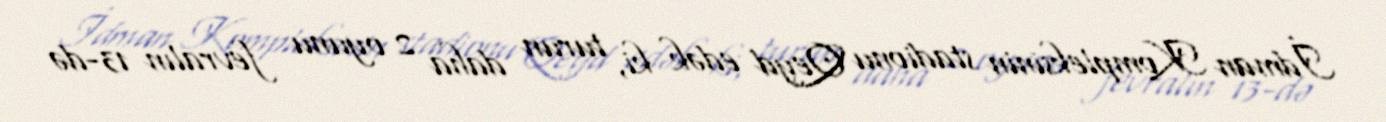
İdman Kompleksinin stadionu Qeyd edək ki, turun daha 2 oyunu fevralın 13-də